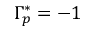
\Gamma _ { p } ^ { * } = - 1